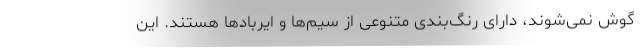
گوش نمی‌شوند، دارای رنگ‌بندی متنوعی از سیم‌ها و ایربادها هستند. این